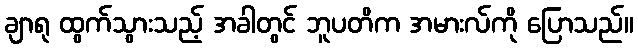
ချာရု ထွက်သွားသည့် အခါတွင် ဘူပတိက အမားလ်ကို ပြောသည်။